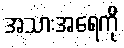
အသားအရေကို